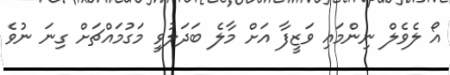
އޯ ލެވެލް ނިންމައި ވަޒީފާ އަށް މާލެ ބަދަލުވީ މަގުމައްޗަށް ގިނަ ނުވެ